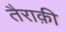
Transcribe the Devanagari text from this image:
तैराक़ी